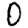
Digit: 0